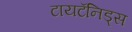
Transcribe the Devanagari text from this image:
टायटॅनिड्स